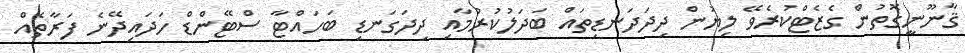
ޤާނޫނީގޮތުން ގެޒެޓްކުރެވޭ ލިޔުން ދިދަދަނޑިތައް ބަދަލުކުރުމާއި ދިދަގަނޑި ބަހައްޓާ ސްޓޭންޑް ހަދައިދޭނެ ފަރާތެއް